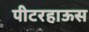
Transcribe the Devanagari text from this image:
पीटरहाऊस